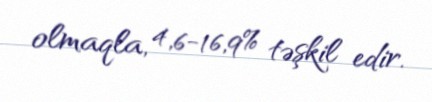
olmaqla, 4,6-16,9% təşkil edir.